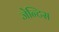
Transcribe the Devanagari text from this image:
जेन्टिस